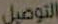
التوصيل